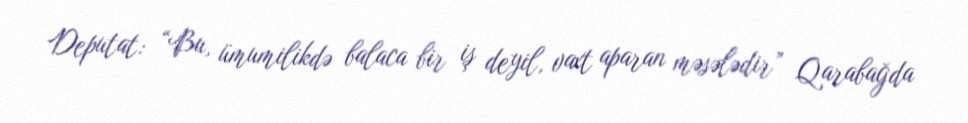
Deputat: “Bu, ümumilikdə balaca bir iş deyil, vaxt aparan məsələdir” Qarabağda